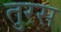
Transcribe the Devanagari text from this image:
तुरस